Rangoon Lunatic Asylum 1878-1892 - 1878-1892
Year: 1878
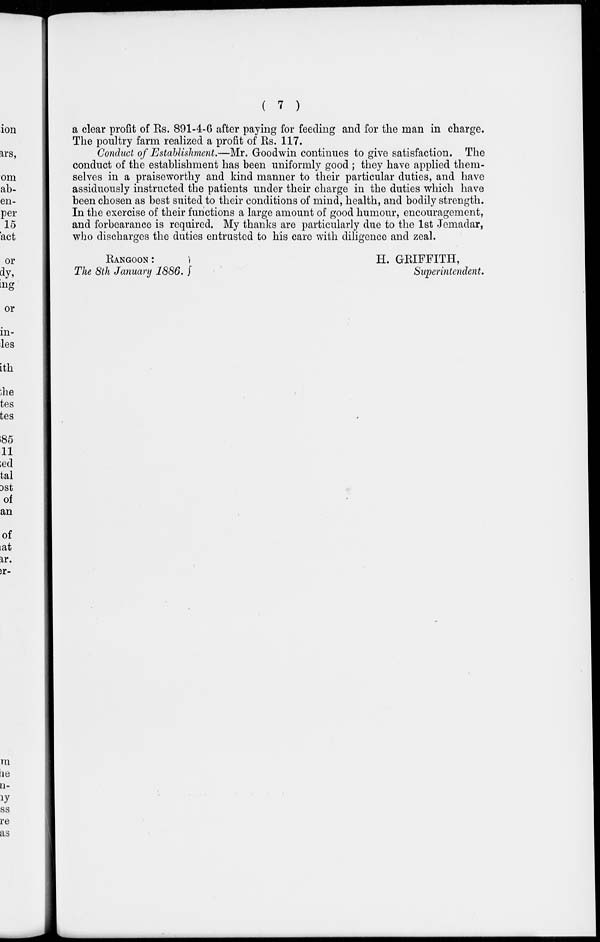
( 7 )
a clear profit of Rs. 891-4-6 after paying for feeding and for the man in charge.
The poultry farm realized a profit of Rs. 117.
Conduct of Establishment.—Mr. Goodwin continues to give satisfaction. The
conduct of the establishment has been uniformly good ; they have applied them-
selves in a praiseworthy and kind manner to their particular duties, and have
assiduously instructed the patients under their charge in the duties which have
been chosen as best suited to their conditions of mind, health, and bodily strength.
In the exercise of their functions a large amount of good humour, encouragement,
and forbearance is required. My thanks are particularly due to the 1st Jemadar,
who discharges the duties entrusted to his care with diligence and zeal.
RANGOON:
H. GRIFFITH,
The 8th January 1886.
Superintendent.